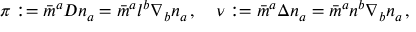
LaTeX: \pi : = { \bar { m } } ^ { a } D n _ { a } = { \bar { m } } ^ { a } l ^ { b } \nabla _ { b } n _ { a } \, , \quad \nu : = { \bar { m } } ^ { a } \Delta n _ { a } = { \bar { m } } ^ { a } n ^ { b } \nabla _ { b } n _ { a } \, ,